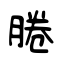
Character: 腃